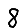
Digit: 8